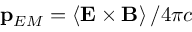
\mathbf { p } _ { E M } = \left\langle \mathbf { E } \times \mathbf { B } \right\rangle / 4 \pi c